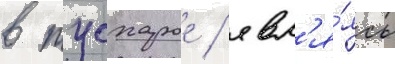
в тусхарое / явл'я́ясь